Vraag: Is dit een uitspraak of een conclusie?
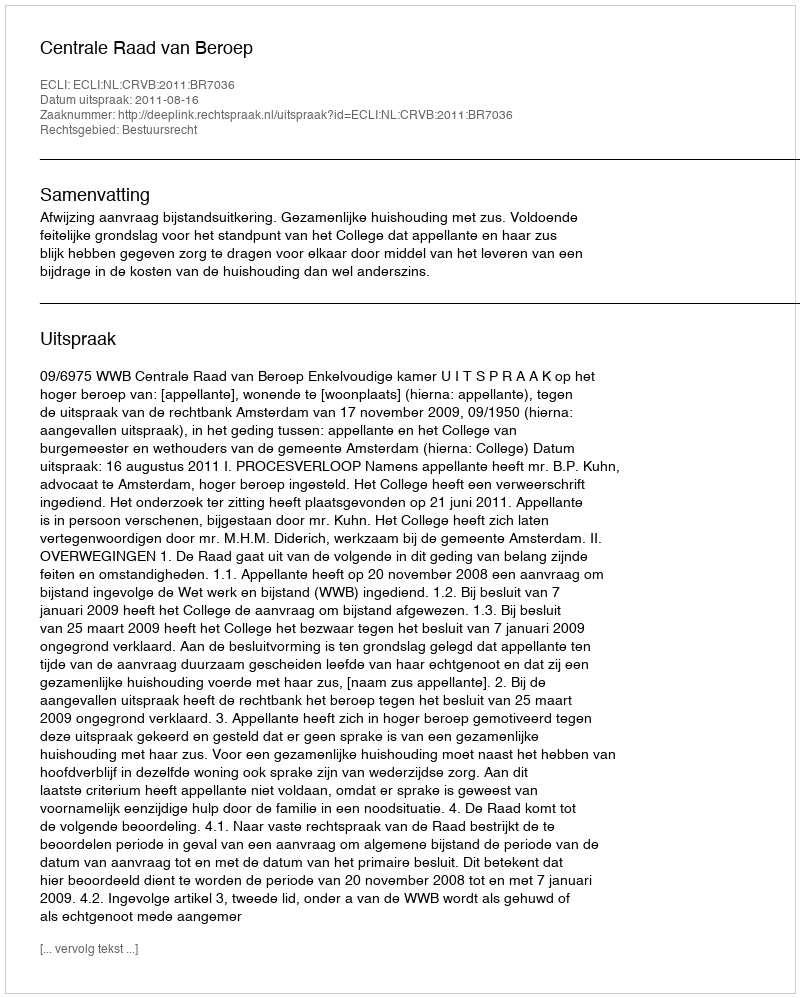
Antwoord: Uitspraak